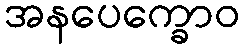
အနပေက္ခောဝ